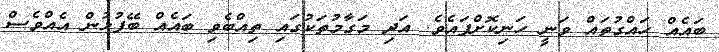
ބައެއް ހައްގުތައް ވަނީ ހަނިކޮށްފައެވެ. އަދި މަގާމުތަކުގައި ތިއްބެވި ބައެއް ބޭފުޅުން އެއްވެސް